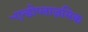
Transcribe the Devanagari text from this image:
एॆन्डोप्लाज़मिक